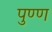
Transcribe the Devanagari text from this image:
पुण्ण